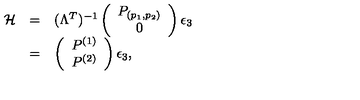
\begin{array} { r c l } { { \cal H } } & { = } & { ( \Lambda ^ { T } ) ^ { - 1 } \left( \begin{array} { c } { P _ { ( p _ { 1 } , p _ { 2 } ) } } \\ { 0 } \\ \end{array} \right) \epsilon _ { 3 } } \\ { } & { = } & { \left( \begin{array} { c } { P ^ { ( 1 ) } } \\ { P ^ { ( 2 ) } } \\ \end{array} \right) \epsilon _ { 3 } , } \\ \end{array}